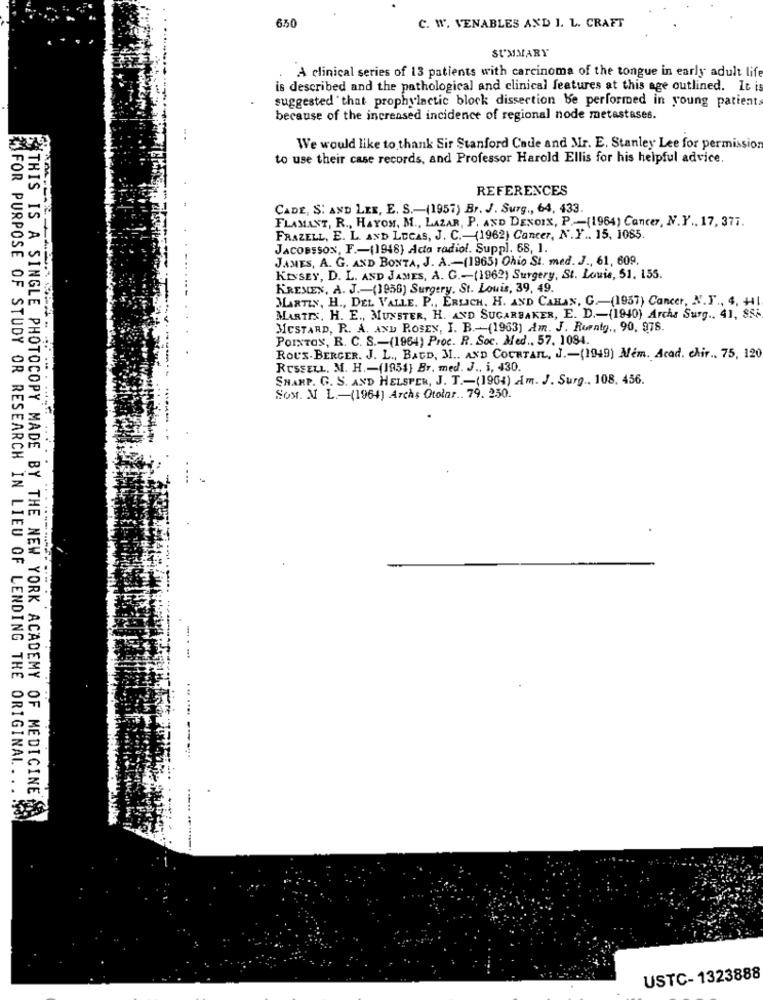
650
C. W. VENABLES AND 1. L. CRAFT
SUMMARY
A clinical series of 13 patients with carcinoma of the tongue in early adult life
is described and the pathological and clinical features at this age outlined. It is
suggested that prophylactic block dissection be performed in young patient
because of the increased incidence of regional node metastases.
.. .
We would like to thank Sir Stanford Cade and Mr. E. Stanley Lee for permission
to use their case records, and Professor Harold Ellis for his helpful advice.
REFERENCES
CADE, S. AND LER, E. S .- (1957) Br. J. Surg ., 64, 433.
FLAMANT, R ., HAYON, M ., LAZAR, P. AND DENOIX, P .- (1964) Cancer, N.Y .. 17, 371.
FRAZELL, E. L. AND LUCAS, J. C. - (1962) Cancer, N.Y .. 15, 1085.
JACOBSSON, F .- (1948) Acta radiol. Suppl. 68, 1.
JAMES, A. G. AND BONTA, J. A. - (1965) Ohio St. med. J ., 61, 609.
KINSEY, D. L. AND JAMES, A. G .-- (1962) Surgery, St. Louis, 51. 155.
KREMEN, A. J .- (1956) Surgery. St. Louis, 39, 49.
MARTIN, H ., DEL VALLE. P ., ERLICH. H. AND CAHAN, G .- (1957) Cancer, N.F ., 4, +41
MARTES, H. E ., MUNSTER, H. AND SUGARBAKER, E. D .- (1940) Archa Surg ., 41, 8Si
MICSTARD, R. A. AND ROSEN, I. B .- (1963) Am. J. Ruratg ., 90, 978.
POINTON, R. C. S .- (1964) Proc. R. Soc. Med ., 57. 1084.
ROUS.BERGER. J. L ., BAUD, J .. AND COURTAIL, J .- (1949) Mem. Acad. chir .. 75, 120
RUSSELL, M. H. - (1954} Br. med. J ., i, 430.
SHARP. G. S. AND HELSPER, J. T .- (1964) Am. J. Surg ., 108. 456.
SoM. N L .- (1964] Archs Otolar .. 79. 250.
FOR PURPOSE OF STUDY OR RESEARCH IN LIEU OF LENDING THE ORIGINAL
THIS IS A SINGLE PHOTOCOPY MADE BY THE NEW YORK ACADEMY OF MEDICINE
USTC- 1323888